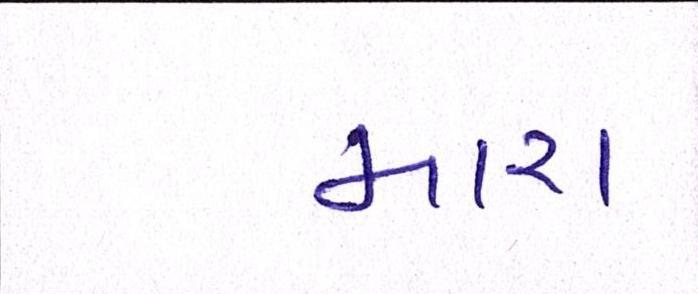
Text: મારા